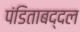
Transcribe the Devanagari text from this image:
पंडिताबद्दल